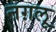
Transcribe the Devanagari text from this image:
नग़लू